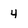
Character: 4